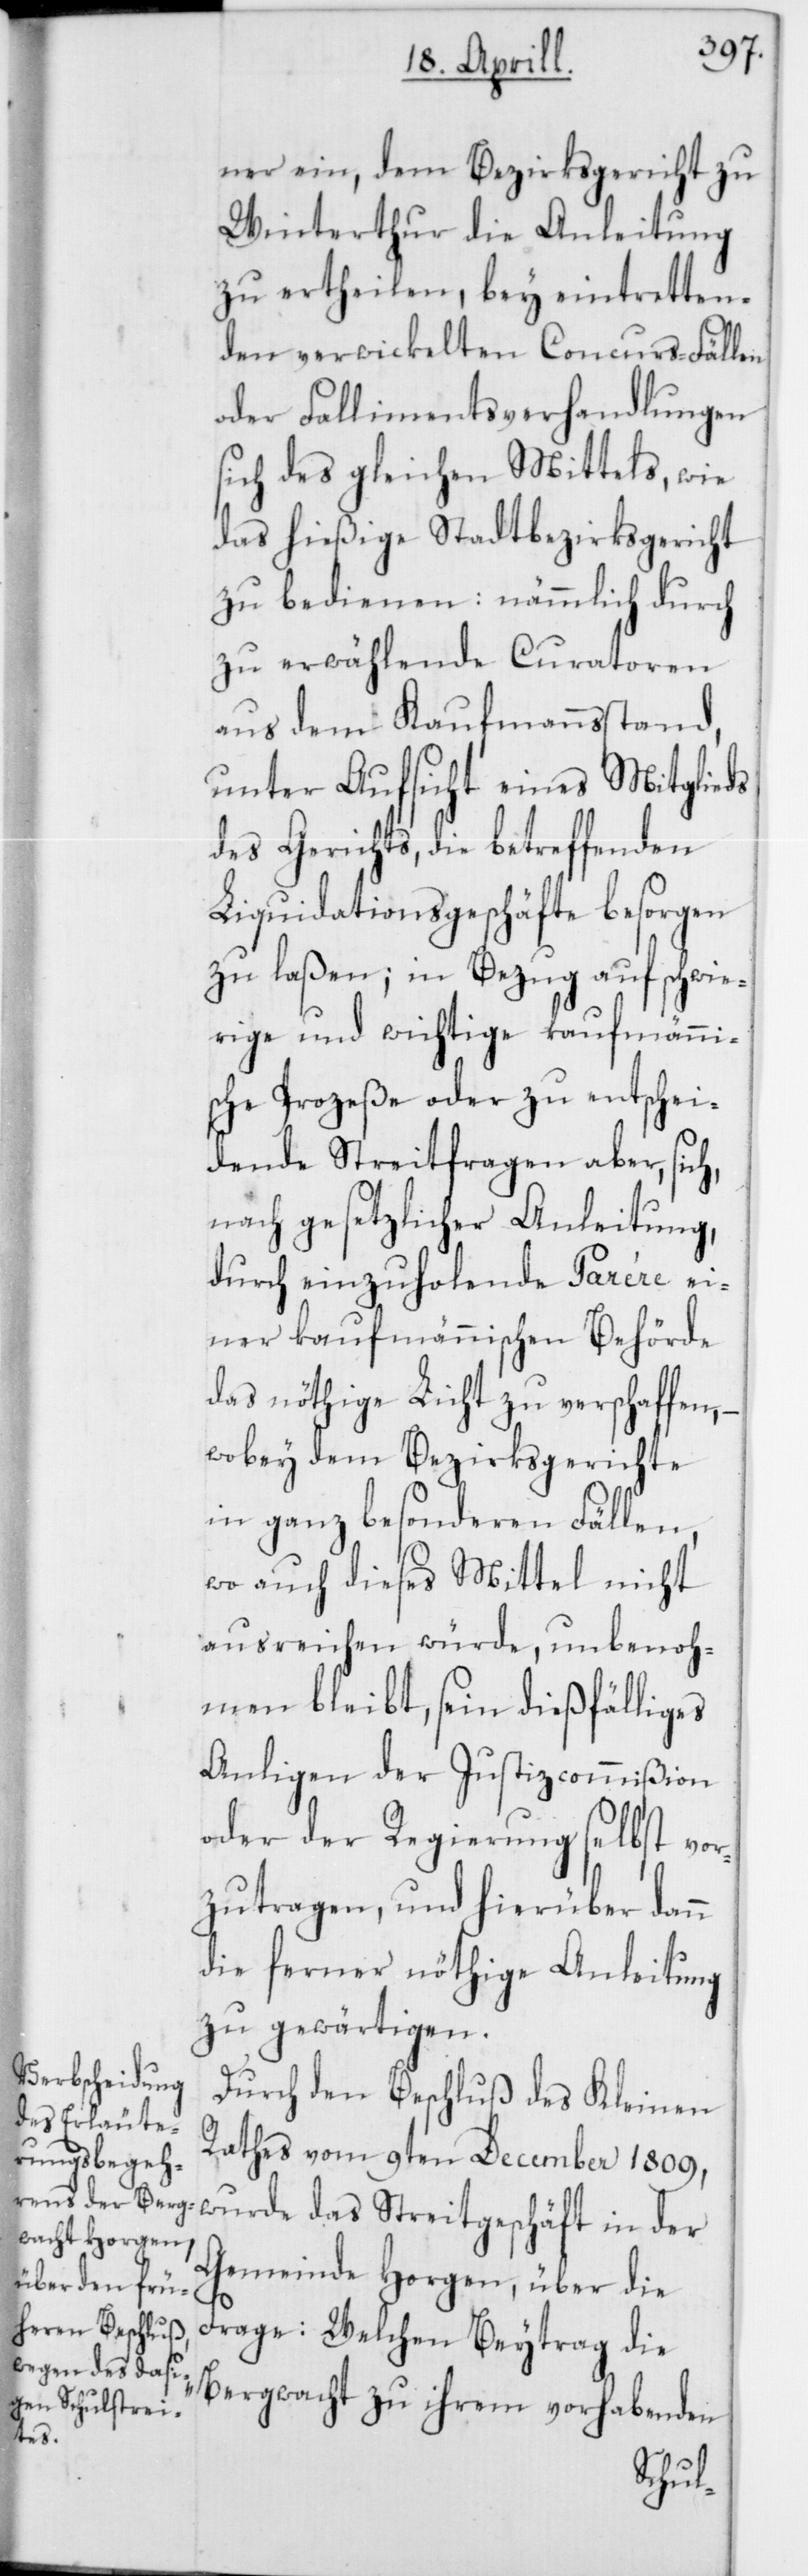
ner ein, dem Bezirksgericht zu
Winterthur die Anleitung
zu ertheilen, bey eintretten¬
den verwickelten Concurs-Fällen
oder Fallimentsverhandlungen
sich des gleichen Mittels, wie
das hießige Stadtbezirksgericht
zu bedienen: nämmlich durch
zu erwählende Curatoren
aus dem Kaufmannsstand,
unter Aufsicht eines Mitglieds
des Gerichts, die betreffenden
Liquidationsgeschäfte besorgen
zu laßen; in Bezug auf schwie¬
rige und wichtige kaufmänni¬
sche Prozeße oder zu entschei¬
dende Streitfragen aber, sich,
nach gesetzlicher Anleitung,
durch einzuholende Parére ei¬
ner kaufmännischen Behörde
das nöthige Licht zu verschaffen, –
wobey dem Bezirksgerichte
in ganz besonderen Fällen,
wo auch dieses Mittel nicht
ausreichen würde, unbenoh¬
men bleibt, sein dießfälliges
Anliegen der Justizcommißion
oder der Regierung selbst vor¬
zutragen, und hierüber dann
die ferner nöthige Anleitung
zu gewärtigen.
Durch den Beschluß des Kleinen
Rathes vom 9ten December 1809,
wurde das Streitgeschäft in der
Gemeinde Horgen, über die
Frage: Welchen Beytrag die
Bergwacht zu ihrem vorhabenden